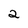
Character: 2